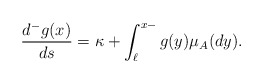
\begin{align*}\frac{d^-g(x)}{ds}=\kappa + \int_{\ell}^{x-} g(y)\mu_A(dy).\end{align*}